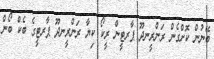
ބޭނުން ކޮށްގެން ރަންރީނދޫ ޕާރޓީން ރީކޯ ކިޔާ ރަންރީނދޫ ޕާރޓީގެ ބެކް ބޯން